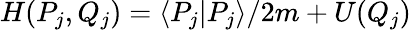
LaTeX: H(P_{j},Q_{j})=\left\langle P_{j}|P_{j}\right\rangle/2m+U(Q_{j})